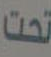
تحت